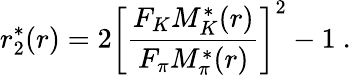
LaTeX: r_{2}^{*}(r)=2\left[\frac{F_{K}M_{K}^{*}(r)}{F_{\pi}M_{\pi}^{*}(r)}\right]^{2}-1\ .